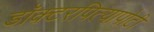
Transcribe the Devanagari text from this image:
डॉक्टरपित्यापोटी